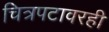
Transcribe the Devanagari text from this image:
चित्रपटावरही